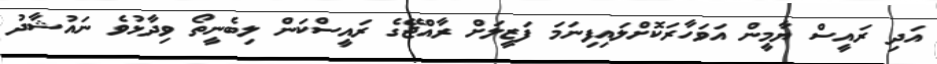
އަދި ރައީސް ޔާމީން އަވަހާރަކޮށްލައިފިނަމަ ފަޒީލަށް ރާއްޖޭގެ ރައީސްކަން ލިބެނީތޯ ވިދާޅުވެ ނައުޝާދު